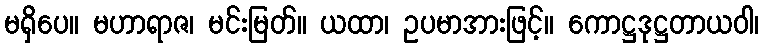
မရှိပေ။ မဟာရာဇ၊ မင်းမြတ်။ ယထာ၊ ဥပမာအားဖြင့်။ ကောဋ္ဌဒုဋ္ဌတာယဝါ၊